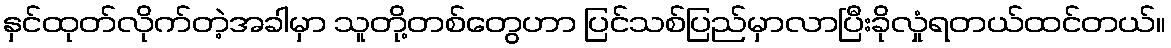
နှင်ထုတ်လိုက်တဲ့အခါမှာ သူတို့တစ်တွေဟာ ပြင်သစ်ပြည်မှာလာပြီးခိုလှုံရတယ်ထင်တယ်။